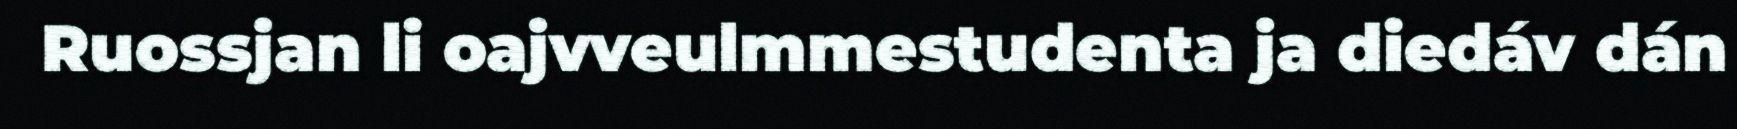
Ruossjan li oajvveulmmestudenta ja diedáv dán